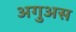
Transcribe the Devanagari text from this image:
अगुअस